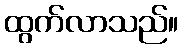
ထွက်လာသည်။